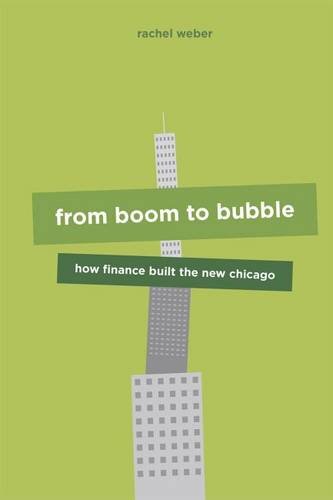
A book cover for From Boom to Bubble: How Finance Built the New Chicago; Rachel Weber; Arts & Photography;